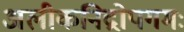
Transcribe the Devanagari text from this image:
अलीकनिद्रोपगमः